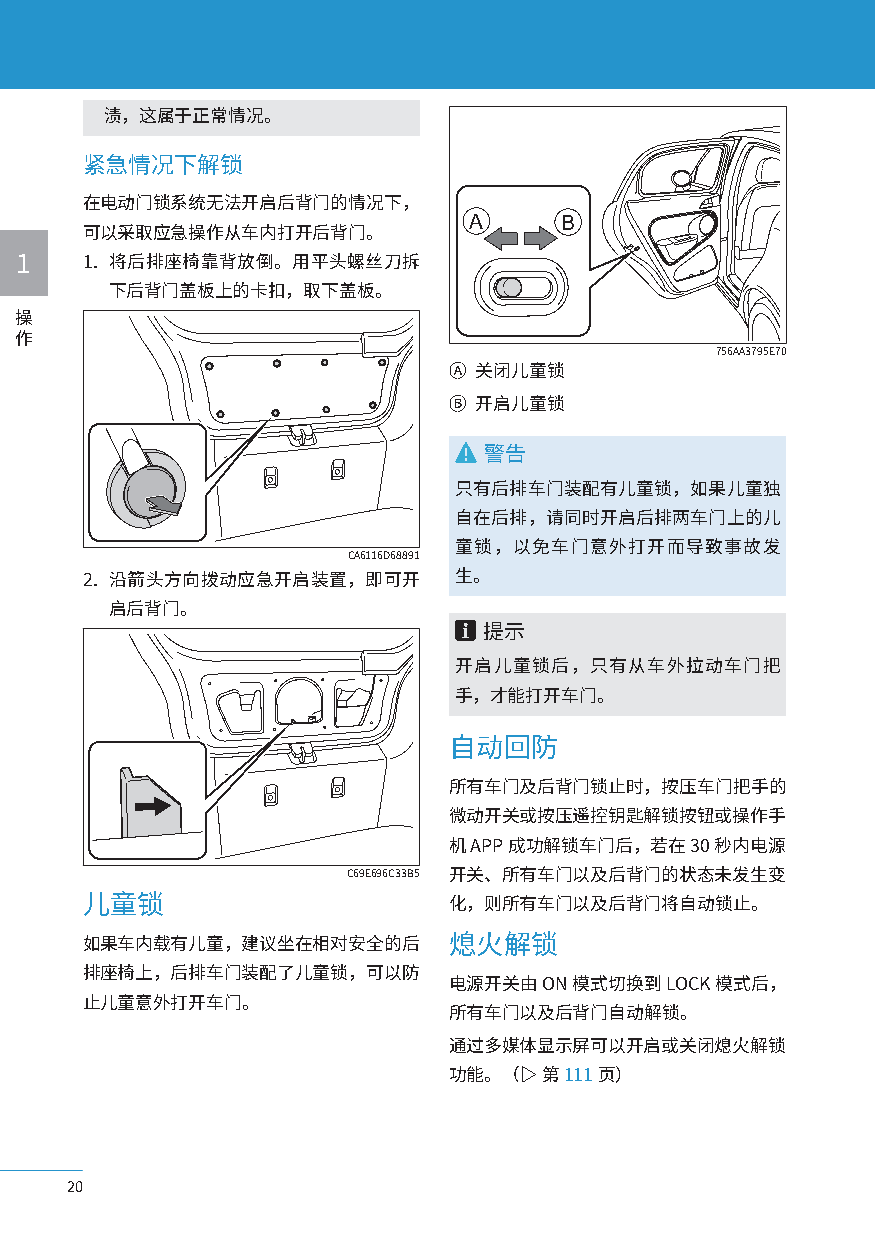
渍，这属于正常情况。
 紧急情况下解锁
 在电动门锁系统无法开启后背门的情况下，
 A     B
 可以采取应急操作从车内打开后背门。
 1   1. 将后排座椅靠背放倒。用平头螺丝刀拆
 下后背门盖板上的卡扣，取下盖板。
 操
 作
 756AA3795E70
 Ⓐ 关闭儿童锁
 Ⓑ 开启儿童锁
 警告
 只有后排车门装配有儿童锁，如果儿童独
 自在后排，请同时开启后排两车门上的儿
 童锁，以免车门意外打开而导致事故发
 CA6116D68891
 2. 沿箭头方向拨动应急开启装置，即可开     生。
 启后背门。
 提示
 开启儿童锁后，只有从车外拉动车门把
 手，才能打开车门。
 自动回防
 所有车门及后背门锁止时，按压车门把手的
 微动开关或按压遥控钥匙解锁按钮或操作手
 机 APP 成功解锁车门后，若在 30 秒内电源
 C69E696C33B5 开关、所有车门以及后背门的状态未发生变
 儿童锁                      化，则所有车门以及后背门将自动锁止。
 如果车内载有儿童，建议坐在相对安全的后      熄火解锁
 排座椅上，后排车门装配了儿童锁，可以防
 电源开关由ON模式切换到LOCK模式后，
 止儿童意外打开车门。
 所有车门以及后背门自动解锁。
 通过多媒体显示屏可以开启或关闭熄火解锁
 功能。（▷ 第 111页）
 20